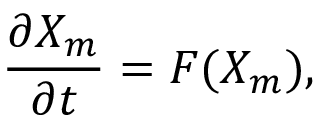
\frac { \partial X _ { m } } { \partial t } = F ( X _ { m } ) ,